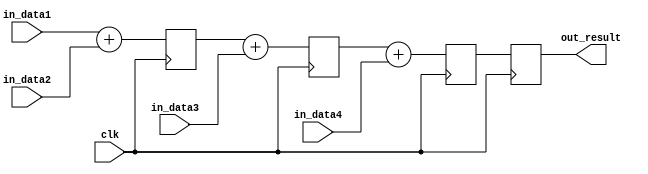
module parallel_accumulator (
    input wire clk,
    input wire [7:0] in_data1,
    input wire [7:0] in_data2,
    input wire [7:0] in_data3,
    input wire [7:0] in_data4,
    output reg [7:0] out_result
);

reg [7:0] sum1, sum2, sum3;

// First arithmetic block
always @ (posedge clk)
begin
    sum1 <= in_data1 + in_data2;
end

// Second arithmetic block
always @ (posedge clk)
begin
    sum2 <= sum1 + in_data3;
end

// Third arithmetic block
always @ (posedge clk)
begin
    sum3 <= sum2 + in_data4;
end

// Output result
always @ (posedge clk)
begin
    out_result <= sum3;
end

endmodule